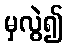
မှလွဲ၍